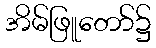
အိမ်ဖြူတော်၌